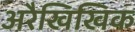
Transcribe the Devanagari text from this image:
अरैखिखिक